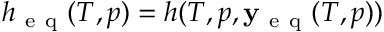
h _ { \mathrm { ~ e ~ q ~ } } ( T , p ) = h ( T , p , \mathbf { y _ { \mathrm { ~ e ~ q ~ } } } ( T , p ) )